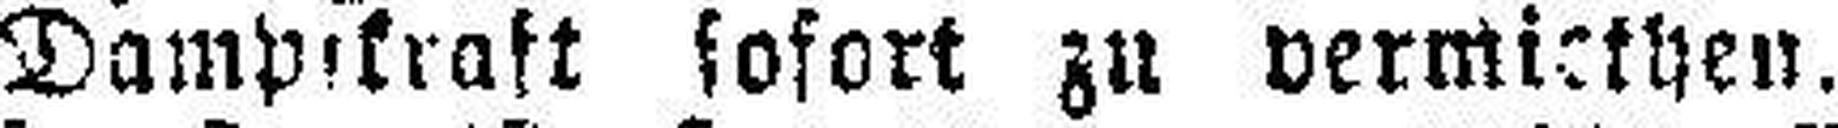
Dampfkraft sofort zu vermiethen.